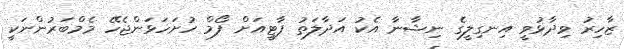
ޒާހިރު ވިދާޅުވީ އިނގިލީގެ ނިޝާނާ އެކު އަދާލަތު ޕާޓީއަށް ފޯމް ހުށަހަޅަންޖެހޭ މެމްބަރުންނަކީ